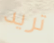
تريد